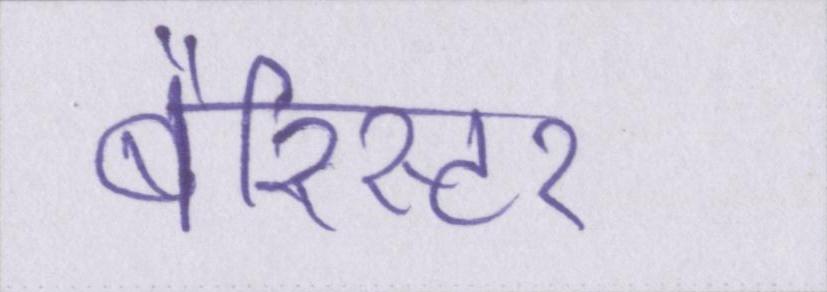
बैरिस्टर